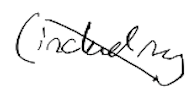
Text: (including
Cross-out: diagonal
Writing tool: digital_black